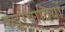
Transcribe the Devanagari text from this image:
कट्टरवादियों